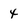
Character: 4